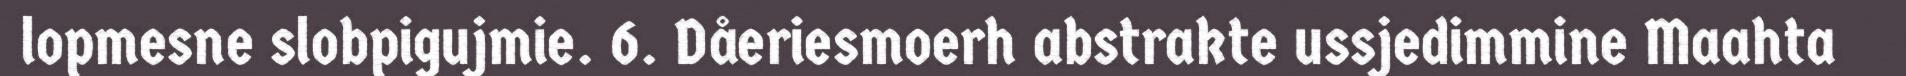
lopmesne slobpigujmie. 6. Dåeriesmoerh abstrakte ussjedimmine Maahta